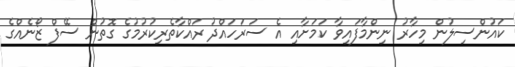
ކައުންސިލުން މިހާރު ނިންމާފައިވާ ކަމަށާއި އެ ސަރަހައްދު ރައްކާތެރިކުރުމުގެ ގޮތުން ސޭފް ޒޯނެއްގެ